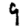
Digit: 9